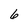
Character: 6